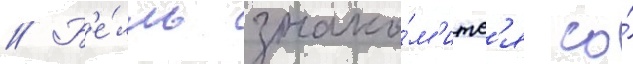
// Б'е́лль знако́м'итс'я со́